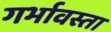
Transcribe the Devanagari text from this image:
गर्भावस्ता